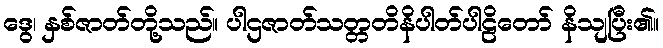
ဒွေ၊ နှစ်ဇာတ်တို့သည်။ ပါဌဇာတ်သတ္တတိနိပါတ်ပါဠိတော် နိသျပြီး၏။